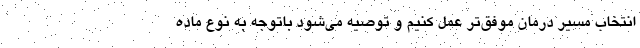
انتخاب مسیر درمان موفق‌تر عمل کنیم و توصیه می‌شود باتوجه به نوع ماده